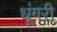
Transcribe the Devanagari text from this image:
धूंगरी